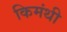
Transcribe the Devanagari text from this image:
किमंथी